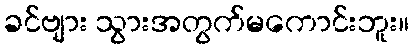
ခင်ဗျား သွားအတွက်မကောင်းဘူး။